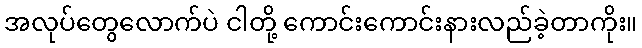
အလုပ်တွေလောက်ပဲ ငါတို့ ကောင်းကောင်းနားလည်ခဲ့တာကိုး။